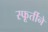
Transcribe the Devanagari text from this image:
स्फूर्तीने